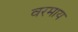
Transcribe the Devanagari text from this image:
वरमाय